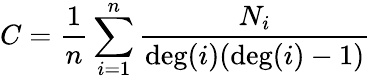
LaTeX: C=\frac 1n\sum_{i=1}^{n}\frac{N_{i}}{\deg(i)(\deg(i)-1)}